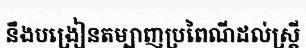
នឹងបង្រៀនតម្បាញប្រពៃណីដល់ស្ត្រី